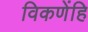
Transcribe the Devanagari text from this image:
विकणेंहि